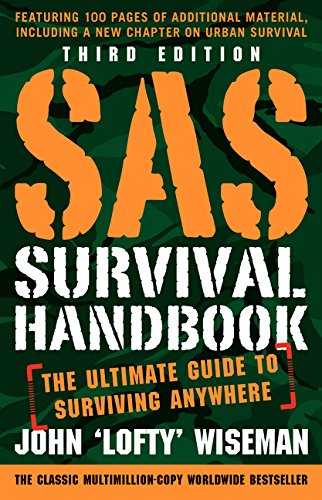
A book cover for SAS Survival Handbook, Third Edition: The Ultimate Guide to Surviving Anywhere; John 'Lofty' Wiseman; Health, Fitness & Dieting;